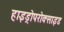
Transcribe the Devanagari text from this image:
हाइड्रोपरोक्साइड